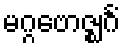
မဂ္ဂဗောဇ္ဈင်္ဂံ